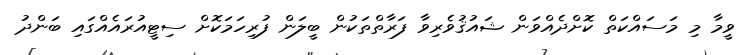
ވީމާ މި މަސައްކަތް ކޮށްދެއްވަން ޝައުޤުވެރިވާ ފަރާތްތަކުން ބީލަން ފުރިހަމަކޮށް ސިޓީއުރައެއްގައި ބަންދު